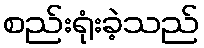
စည်းရုံးခဲ့သည်